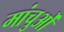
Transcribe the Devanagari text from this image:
मांचुओं